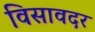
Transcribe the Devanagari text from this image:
विसावदर